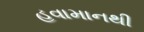
હવામાનથી